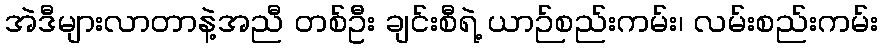
အဲဒီများလာတာနဲ့အညီ တစ်ဦး ချင်းစီရဲ့ ယာဉ်စည်းကမ်း၊ လမ်းစည်းကမ်း